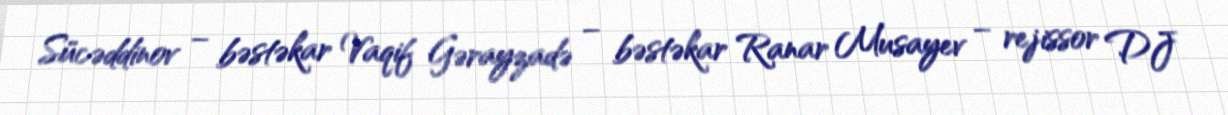
Sücəddinov – bəstəkar Vaqif Gərayzadə – bəstəkar Ranar Musayev – rejissor DJ